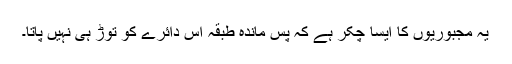
یہ مجبوریوں کا ایسا چکر ہے کہ پس ماندہ طبقہ اس دائرے کو توڑ ہی نہیں پاتا۔